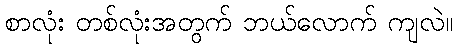
စာလုံး တစ်လုံးအတွက် ဘယ်လောက် ကျလဲ။